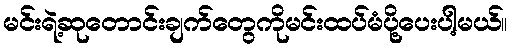
မင်းရဲ့ဆုတောင်းချက်တွေကိုမင်းထပ်မံပို့ပေးပါ့မယ်။